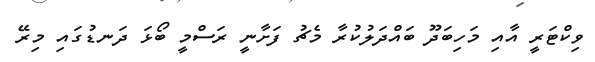
ވިކްޓަރީ އާއި މަހިބަދޫ ބައްދަލުކުރާ މެޗު ފަށާނީ ރަސްމީ ބޯޅަ ދަނޑުގައި މިރޭ